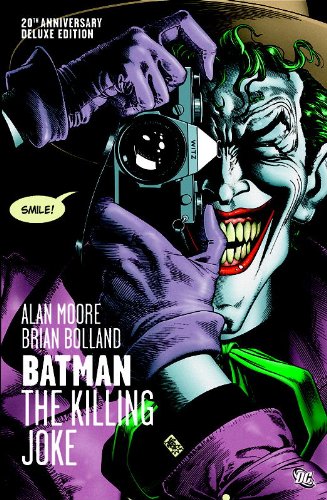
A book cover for Batman: The Killing Joke, Deluxe Edition; Alan Moore; Comics & Graphic Novels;